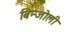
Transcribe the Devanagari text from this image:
बिन्जोली